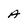
Character: A